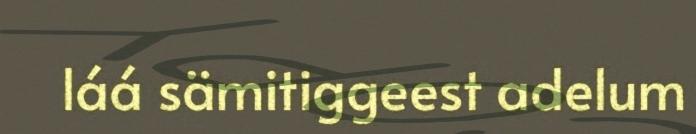
láá sämitiggeest adelum